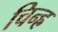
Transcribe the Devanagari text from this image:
चिन्ह्र